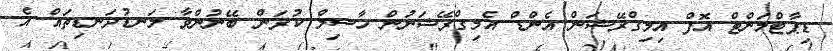
ޑިޕާޓްމަންޓް އޮފް އިމިގްރޭޝަން އެންޑް އެމިގްރޭޝަނުން ހާސިލް ކުރަން ބޭނުންވާ ލަނޑުދަނޑިތައް އެ